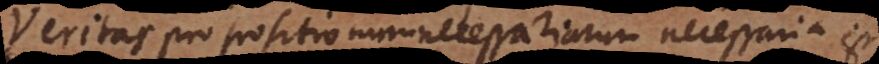
Veritas propositionum necessariarum necessaria est.